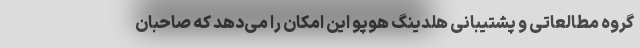
گروه مطالعاتی و پشتیبانی هلدینگ هوپو این امکان را می‌دهد که صاحبان